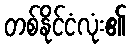
တစ်နိုင်ငံလုံး၏